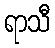
ရာသီ